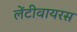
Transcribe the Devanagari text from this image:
लेंटीवायरस